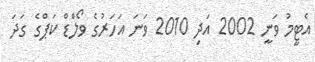
އެޓީމު ވަނީ 2002 އަދި 2010 ވަނަ އަހަރުގެ ވޯލްޑް ކަޕްގެ ގަދަ